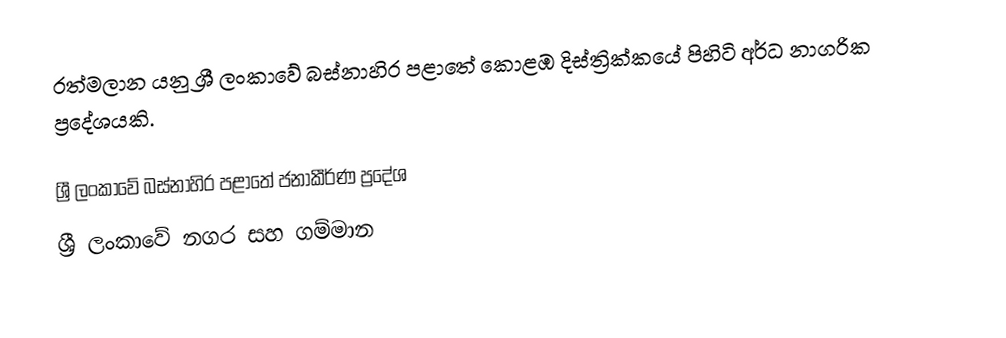
රත්මලාන යනු ශ්‍රී ලංකාවේ බස්නාහිර පළාතේ  කොළඹ දිස්ත්‍රික්කයේ පිහිටි අර්ධ නාගරික ප්‍රදේශයකි.

ශ්‍රී ලංකාවේ බස්නාහිර පළාතේ ජනාකීර්ණ ප්‍රදේශ
ශ්‍රී ලංකාවේ නගර සහ ගම්මාන